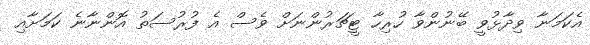
އެކަމަނާ ވިދާޅުވީ ބޭނުންވާ ހުރިހާ ޓީޗަރުންނަށް ވެސް އެ ފުރުސަތު އޮންނާނެ ކަމަށާއި